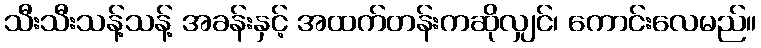
သီးသီးသန့်သန့် အခန်းနှင့် အထက်တန်းကဆိုလျှင်၊ ကောင်းလေမည်။